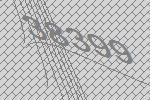
38399